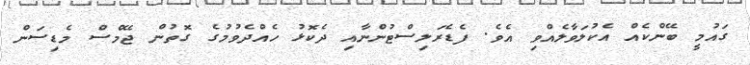
ގައުމީ ބޭންކެއް އެކުލަވާލެއްވި އެވެ. ފެޑެރަލިސްޓުންނާއި ދެކޮޅު ހެއްދެވުމުގެ ގޮތުން ޖޭމްސް މެޑިސަން